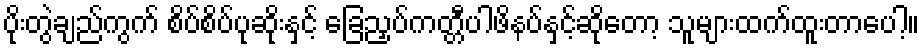
ပိုးတွဲချည်ကွက် စိပ်စိပ်ပုဆိုးနှင့် ခြေညှပ်ကတ္တီပါဖိနပ်နှင့်ဆိုတော့ သူများထက်ထူးတာပေါ့။